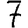
Digit: 7